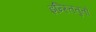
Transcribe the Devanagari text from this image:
इन्स्तितुतो